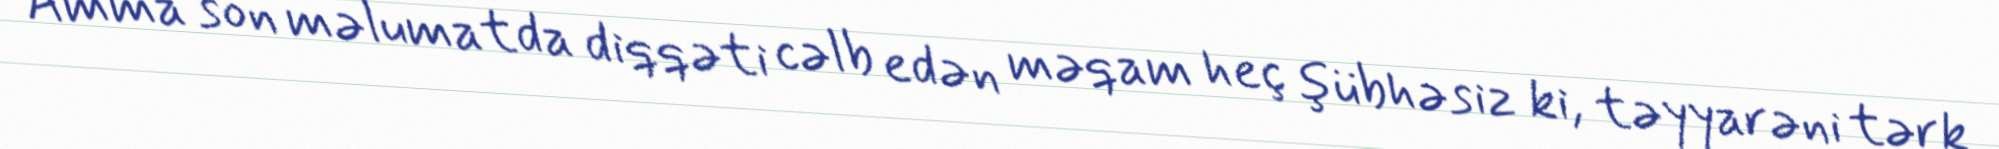
Amma son məlumatda diqqəti cəlb edən məqam heç şübhəsiz ki, təyyarəni tərk